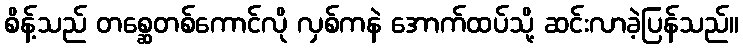
စိန့်သည် တစ္ဆေတစ်ကောင်လို လှစ်ကနဲ အောက်ထပ်သို့ ဆင်းလာခဲ့ပြန်သည်။